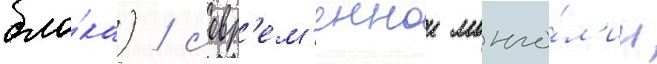
бло́ка) / совр'ем'еннои монго́л'ии